Civil Veterinary Dept. Bombay admin report 1907-1913 - 1907-1913
Year: 1907
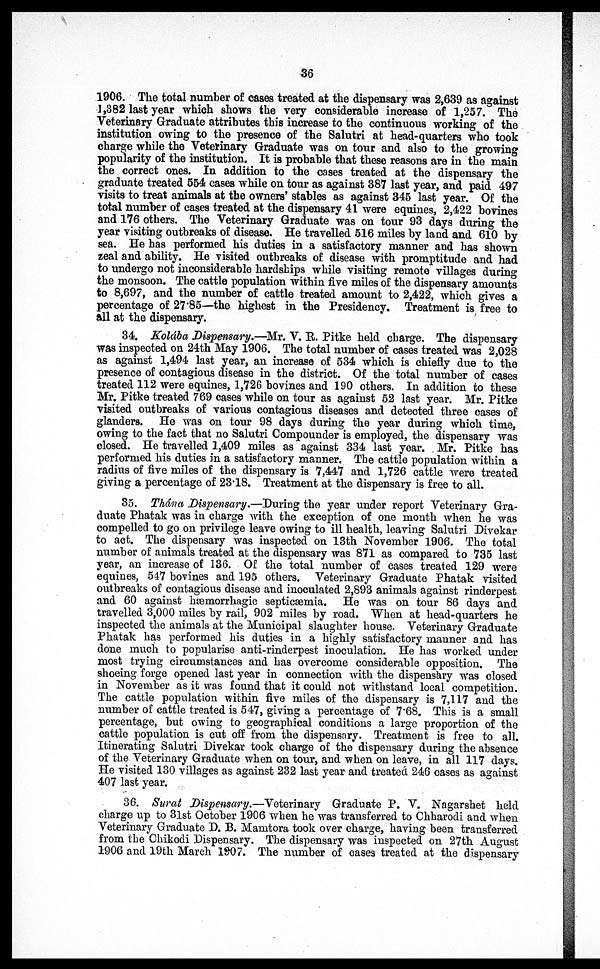
36
1906. The total number of cases treated at the dispensary was 2,639 as against
1,382 last year which shows the very considerable increase of 1,257. The
Veterinary Graduate attributes this increase to the continuous working of the
institution owing to the presence of the Salutri at head-quarters who took
charge while the Veterinary Graduate was on tour and also to the growing
popularity of the institution. It is probable that these reasons are in the main
the correct ones. In addition to the cases treated at the dispensary the
graduate treated 554 cases while on tour as against 387 last year, and paid 497
visits to treat animals at the owners' stables as against 345 last year. Of the
total number of cases treated at the dispensary 41 were equines, 2,422 bovines
and 176 others. The Veterinary Graduate was on tour 93 days during the
year visiting outbreaks of disease. He travelled 516 miles by land and 610 by
sea. He has performed his duties in a satisfactory manner and has shown
zeal and ability. He visited outbreaks of disease with promptitude and had
to undergo not inconsiderable hardships while visiting remote villages during
the monsoon. The cattle population within five miles of the dispensary amounts
to 8,697, and the number of cattle treated amount to 2,422, which gives a
percentage of 27.85—the highest in the Presidency. Treatment is free to
all at the dispensary.
34. Kolába Dispensary.—Mr. V. R. Pitke held charge. The dispensary
was inspected on 24th May 1906. The total number of cases treated was 2,028
as against 1,494 last year, an increase of 534 which is chiefly due to the
presence of contagious disease in the district. Of the total number of cases
treated 112 were equines, 1,726 bovines and 190 others. In addition to these
Mr. Pitke treated 769 cases while on tour as against 52 last year. Mr. Pitke
visited outbreaks of various contagious diseases and detected three cases of
glanders. He was on tour 98 days during the year during which time,
owing to the fact that no Salutri Compounder is employed, the dispensary was
closed. He travelled 1,409 miles as against 334 last year. Mr. Pitke has
performed his duties in a satisfactory manner. The cattle population within a
radius of five miles of the dispensary is 7,447 and 1,726 cattle were treated
giving a percentage of 23.18. Treatment at the dispensary is free to all.
35. Thána Dispensary,—During the year under report Veterinary Gra-
duate Phatak was in charge with the exception of one month when he was
compelled to go on privilege leave owing to ill health, leaving Salutri Divekar
to act. The dispensary was inspected on 13th November 1906. The total
number of animals treated at the dispensary was 871 as compared to 735 last
year, an increase of 136. Of the total number of cases treated 129 were
equines, 547 bovines and 195 others. Veterinary Graduate Phatak visited
outbreaks of contagious disease and inoculated 2,893 animals against rinderpest
and 60 against hæmorrhagic septicæmia. He was on tour 86 days and
travelled 3,000 miles by rail, 902 miles by road. When at head-quarters he
inspected the animals at the Municipal slaughter house. Veterinary Graduate
Phatak has performed his duties in a highly satisfactory manner and has
done much to popularise anti-rinderpest inoculation. He has worked under
most trying circumstances and has overcome considerable opposition. The
shoeing forge opened last year in connection with the dispensary was closed
in November as it was found that it could not withstand local competition.
The cattle population within five miles of the dispensary is 7,117 and the
number of cattle treated is 547, giving a percentage of 7.68. This is a small
percentage, but owing to geographical conditions a large proportion of the
cattle population is cut off from the dispensary. Treatment is free to all.
Itinerating Salutri Divekar took charge of the dispensary during the absence
of the Veterinary Graduate when on tour, and when on leave, in all 117 days.
He visited 130 villages as against 232 last year and treated 246 cases as against
407 last year.
36. Surat Dispensary.—Veterinary
Graduate P. V. Nagarshet held
charge up to 3lst October 1906 when he was transferred to Chharodi and when
Veterinary Graduate D. B. Mamtora took over charge, having been transferred
from the Chikodi Dispensary. The dispensary was inspected on 27th August
1906 and 19th March 1907. The number of cases treated at the dispensary